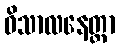
ဝိသာလနေတ္တာ